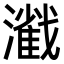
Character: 𤁢